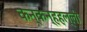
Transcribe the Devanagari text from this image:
कन्कन्हहल्ली